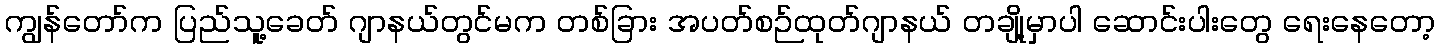
ကျွန်တော်က ပြည်သူ့ခေတ် ဂျာနယ်တွင်မက တစ်ခြား အပတ်စဉ်ထုတ်ဂျာနယ် တချို့မှာပါ ဆောင်းပါးတွေ ရေးနေတော့